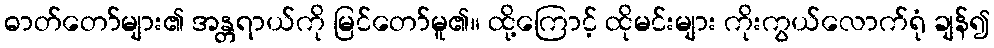
ဓာတ်တော်များ၏ အန္တရာယ်ကို မြင်တော်မူ၏။ ထို့ကြောင့် ထိုမင်းများ ကိုးကွယ်လောက်ရုံ ချန်၍